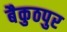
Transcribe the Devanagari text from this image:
बैकुठपुर